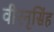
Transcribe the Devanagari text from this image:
वीरनृसिंह